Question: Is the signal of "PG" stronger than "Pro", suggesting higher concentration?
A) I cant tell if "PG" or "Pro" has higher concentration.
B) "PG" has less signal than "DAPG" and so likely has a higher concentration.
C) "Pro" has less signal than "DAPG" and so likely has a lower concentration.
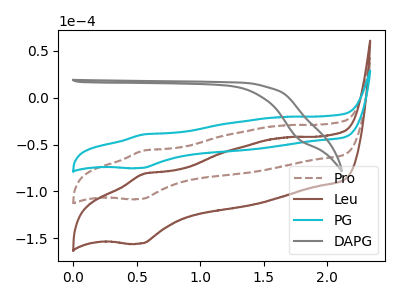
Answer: <think>The brown dashed curve "Pro" has an anodic peak at (0.55V, -56.35uA) and a cathodic peak at (0.55V, -107.95uA). The brown curve "Leu" has an anodic peak at (0.55V, -112.70uA) and a cathodic peak at (0.55V, -215.85uA). The cyan curve "PG" has an anodic peak at (0.55V, -39.10uA) and a cathodic peak at (0.55V, -74.90uA). The gray curve "DAPG" has no peaks.
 All the peaks in "PG" have a peak in "Pro" at the same potential.</think>
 <answer>A) I cant tell if "PG" or "Pro" has higher concentration.</answer>
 <eval>A</eval>